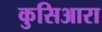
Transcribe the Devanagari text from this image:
कुसिआरा